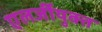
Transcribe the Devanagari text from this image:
एलर्जीयुक्त